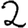
Digit: 2